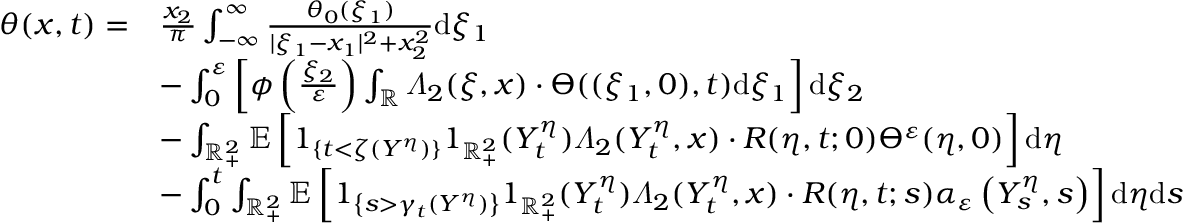
\begin{array} { r l } { \theta ( x , t ) = } & { \frac { x _ { 2 } } { \pi } \int _ { - \infty } ^ { \infty } \frac { \theta _ { 0 } ( \xi _ { 1 } ) } { | \xi _ { 1 } - x _ { 1 } | ^ { 2 } + x _ { 2 } ^ { 2 } } \mathrm { d } \xi _ { 1 } } \\ & { - \int _ { 0 } ^ { \varepsilon } \left[ \phi \left( \frac { \xi _ { 2 } } { \varepsilon } \right) \int _ { \mathbb { R } } \varLambda _ { 2 } ( \xi , x ) \cdot \varTheta ( ( \xi _ { 1 } , 0 ) , t ) \mathrm { d } \xi _ { 1 } \right] \mathrm { d } \xi _ { 2 } } \\ & { - \int _ { \mathbb { R } _ { + } ^ { 2 } } \mathbb { E } \left[ 1 _ { \{ t < \zeta ( Y ^ { \eta } ) \} } 1 _ { \mathbb { R } _ { + } ^ { 2 } } ( Y _ { t } ^ { \eta } ) \varLambda _ { 2 } ( Y _ { t } ^ { \eta } , x ) \cdot R ( \eta , t ; 0 ) \varTheta ^ { \varepsilon } ( \eta , 0 ) \right] \mathrm { d } \eta } \\ & { - \int _ { 0 } ^ { t } \int _ { \mathbb { R } _ { + } ^ { 2 } } \mathbb { E } \left[ 1 _ { \left\{ s > \gamma _ { t } ( Y ^ { \eta } ) \right\} } 1 _ { \mathbb { R } _ { + } ^ { 2 } } ( Y _ { t } ^ { \eta } ) \varLambda _ { 2 } ( Y _ { t } ^ { \eta } , x ) \cdot R ( \eta , t ; s ) \alpha _ { \varepsilon } \left( Y _ { s } ^ { \eta } , s \right) \right] \mathrm { d } \eta \mathrm { d } s } \end{array}